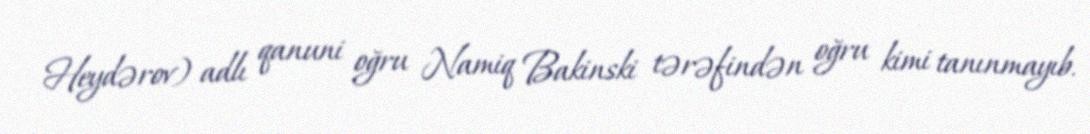
Heydərov) adlı qanuni oğru Namiq Bakinski tərəfindən oğru kimi tanınmayıb.